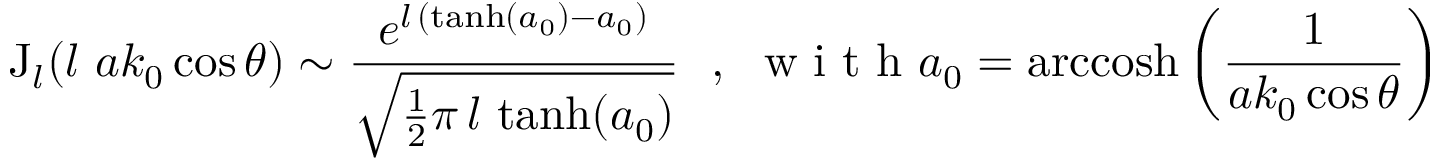
\mathrm { J } _ { l } ( l ~ a k _ { 0 } \cos \theta ) \sim \frac { e ^ { l \, ( \operatorname { t a n h } ( a _ { 0 } ) - a _ { 0 } ) } } { \sqrt { \frac { 1 } { 2 } \pi \, l \, \operatorname { t a n h } ( a _ { 0 } ) } } \ \ , \ \mathrm { ~ w ~ i ~ t ~ h ~ } a _ { 0 } = \mathrm { a r c c o s h } \left( \frac { 1 } { a k _ { 0 } \cos \theta } \right)